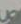
ص